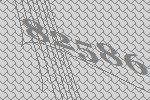
82586